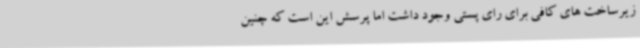
زیرساخت های کافی برای رای پستی وجود داشت اما پرسش این است که چنین